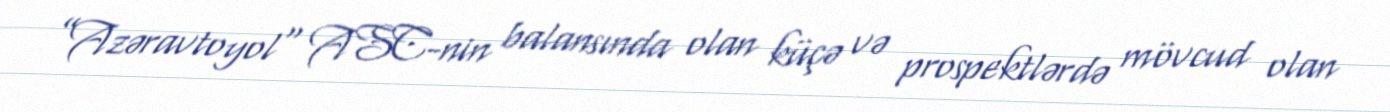
”Azəravtoyol" ASC-nin balansında olan küçə və prospektlərdə mövcud olan